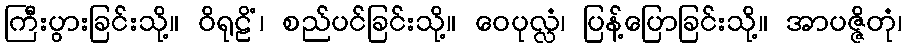
ကြီးပွားခြင်းသို့။ ဝိရုဠိံ၊ စည်ပင်ခြင်းသို့။ ဝေပုလ္လံ၊ ပြန့်ပြောခြင်းသို့။ အာပဇ္ဇိတုံ၊